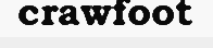
crawfoot